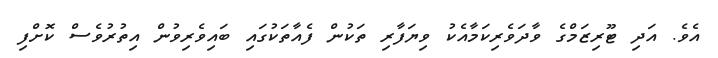
އެވެ. އަދި ޓޫރިޒަމްގެ ވާދަވެރިކަމާއެކު ވިޔަފާރި ތަކުން ފެއާތަކުގައި ބައިވެރިވުން އިތުރުވެސް ކޮށްފި